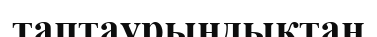
таптаурындықтан